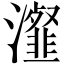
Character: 瀣